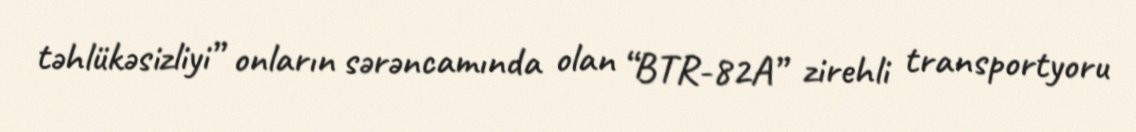
təhlükəsizliyi” onların sərəncamında olan “BTR-82A” zirehli transportyoru